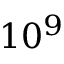
1 0 ^ { 9 }